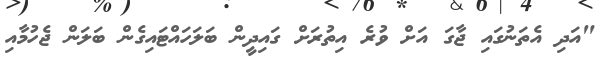
"އަދި އެތަނުގައި ޖާގަ އަށް ވުރެ އިތުރަށް ގައިދީން ބަލަހައްޓައިގެން ބަލަން ޖެހުމާއި